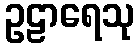
ဥဠာရေသု